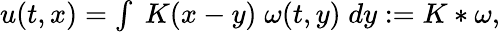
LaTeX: \begin{array}{r}{u(t,x)=\int\; K(x-y)\; \omega(t,y)\; dy:=K\ast\omega,}\end{array}